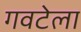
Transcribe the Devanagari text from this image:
गवटेला